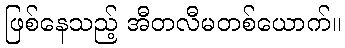
ဖြစ်နေသည့် အီတလီမတစ်ယောက်။